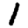
Digit: 1